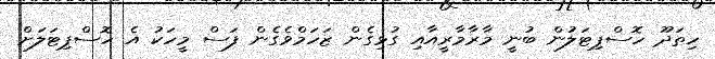
ހިތަދޫ ހޮސްޕިޓަލުން ބުނީ މާރާމާރީއާއި ގުޅިގެން ޒަހަަމްވެގެން ފަސް މީހަކު އެ ހޮސްޕިޓަލަށް